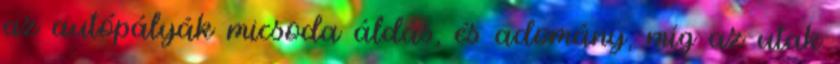
az autópályák micsoda áldás, és adomány, míg az utak